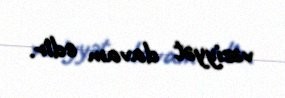
vəziyyət davam edir.